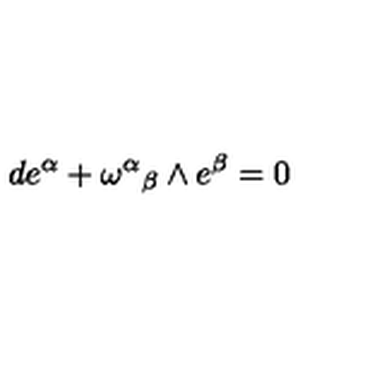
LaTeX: d e ^ { \alpha } + { \omega ^ { \alpha } } _ { \beta } \wedge e ^ { \beta } = 0